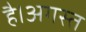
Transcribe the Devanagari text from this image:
है।अगस्त